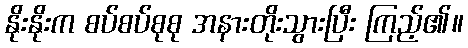
နိုးနိုးက စပ်စပ်စုစု အနားတိုးသွားပြီး ကြည့်၏။